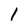
Character: I